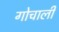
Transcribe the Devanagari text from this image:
गोचाली